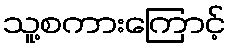
သူ့စကားကြောင့်